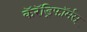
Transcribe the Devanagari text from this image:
कॅरॅड्रिफॉर्मस्